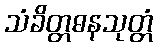
သံခိတ္တဓနသုတ္တံ